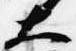
大